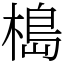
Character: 槝